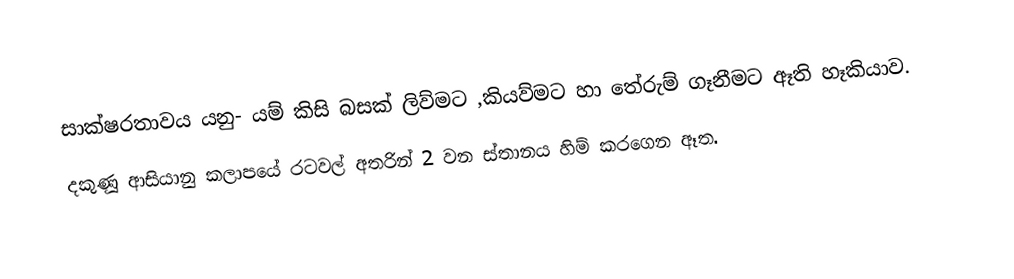
සාක්ෂරතාවය යනු- යම් කිසි බසක් ලිව්මට ,කියව්මට හා තේරුම් ගෑනීමට ඈති හෑකියාව.
දකුණූ ආසියානු කලාපයේ   රටවල් අතරින් 2 වන  ස්තානය හිම් කරගෙන ඈත.